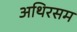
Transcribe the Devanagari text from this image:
अथिरसम